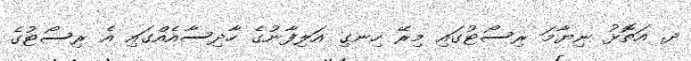
ދ. އަތޮޅު ނިޔާމަ ރިސޯޓުގައި މިރޭ ހިނގި އަލިފާނުގެ ހާދިސާއެއްގައި އެ ރިސޯޓުގެ